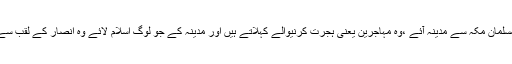
اس لئے جو مسلمان مکہ سے مدینہ آئے ،وہ مہاجرین یعنی ہجرت کرنیوالے کہلاتے ہیں اور مدینہ کے جو لوگ اسلام لائے وہ انصار کے لقب سے مشہور ہیں۔